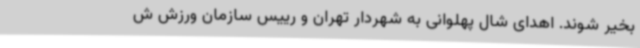
بخیر شوند. اهدای شال پهلوانی به شهردار تهران و رییس سازمان ورزش ش